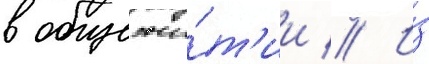
в общежи́т'ии // И́з